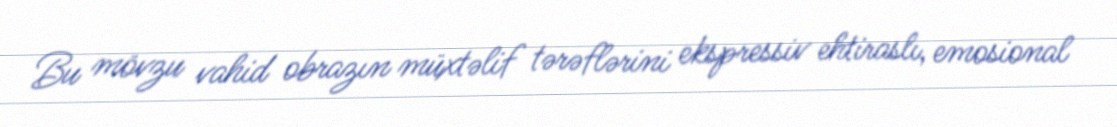
Bu mövzu vahid obrazın müxtəlif tərəflərini ekspressiv ehtiraslı, emosional